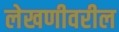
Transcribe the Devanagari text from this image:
लेखणीवरील